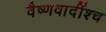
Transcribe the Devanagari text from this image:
वैष्णवादींश्च